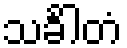
သင်္ခါတံ